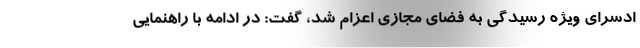
ادسرای ویژه رسیدگی به فضای مجازی اعزام شد، گفت: در ادامه با راهنمایی